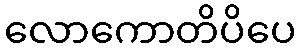
လောကောတိပိပေ